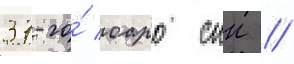
37-го́ оаро спн //